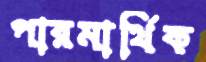
পারমার্থিক